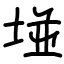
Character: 𡌶